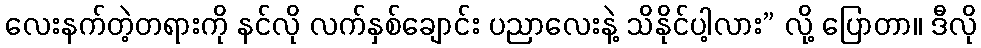
လေးနက်တဲ့တရားကို နင်လို လက်နှစ်ချောင်း ပညာလေးနဲ့ သိနိုင်ပါ့လား” လို့ ပြောတာ။ ဒီလို